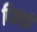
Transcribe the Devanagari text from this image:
दिक्खी